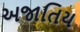
અજાતિય